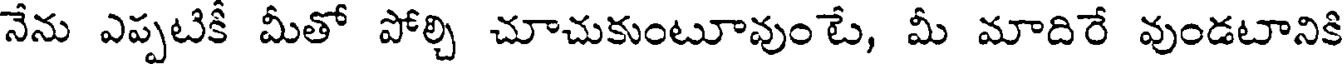
నేను ఎప్పటికీ మీతో పోల్చి చూచుకుంటూవుంటే, మీ మాదిరే వుండటానికి